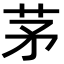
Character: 茅